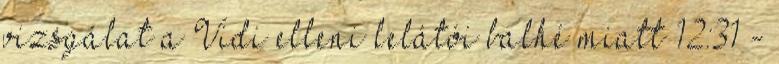
vizsgálat a Vidi elleni lelátói balhé miatt 12:31 -